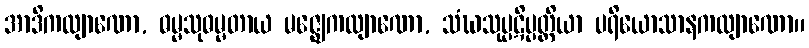
အာဒိကလျာဏော, ဓမ္မသုဓမ္မတာယ မဇ္ဈေကလျာဏော, သံဃသုပ္ပဋိပ္ပတ္တိယာ ပရိယောသာနကလျာဏော။